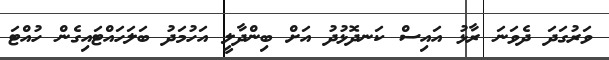
ވަރުގަދަ ދެވަނަ ރާޅު އައިސް ކަނދޮޅުދު އަށް ބިންދާލީ އަހުމަދު ބަލަހައްޓައިގެން ހުއްޓަ